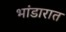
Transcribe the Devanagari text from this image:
भांडारात